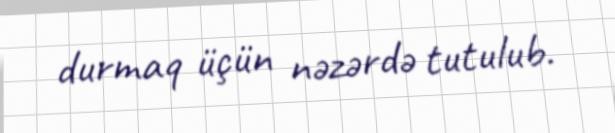
durmaq üçün nəzərdə tutulub.